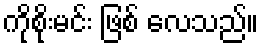
ကိုစိုးမင်း ဖြစ် လေသည်။